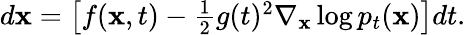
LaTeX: \begin{array}{r}{d\mathbf{x}=\left[f(\mathbf{x},t)-\frac{1}{2}g(t)^{2}\nabla_{\mathbf{x}}\log p_{t}(\mathbf{x})\right]dt.}\end{array}